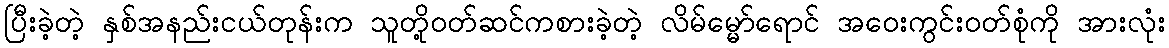
ပြီးခဲ့တဲ့ နှစ်အနည်းငယ်တုန်းက သူတို့ဝတ်ဆင်ကစားခဲ့တဲ့ လိမ်မ္မော်ရောင် အဝေးကွင်းဝတ်စုံကို အားလုံး